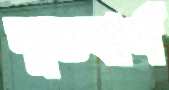
লুন্ডবার্গ